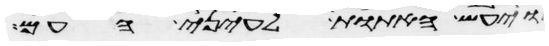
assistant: ויעש האתות לעיני העם